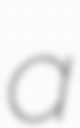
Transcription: a